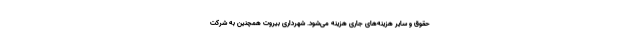
حقوق و سایر هزینه‌های جاری هزینه می‌شود. شهرداری بیروت همچنین به شرکت